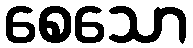
စေသော